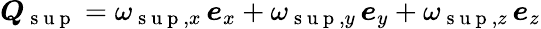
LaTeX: \boldsymbol{Q}_{\mathrm{~s~u~p~}}=\omega_{\mathrm{~s~u~p~},x}\, \boldsymbol{e}_{x}+\omega_{\mathrm{~s~u~p~},y}\, \boldsymbol{e}_{y}+\omega_{\mathrm{~s~u~p~},z}\, \boldsymbol{e}_{z}